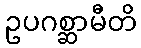
ဥပဂစ္ဆာမီတိ